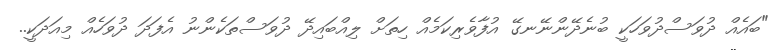
"ބައެއް ދުވަސްދުވަހަކީ ބުނެދޭންނޭނގޭ އުފާވެރިކަމެއް ހިތަށް ލިއްބައިދޭ ދުވަސްތަކެންނު އެފަދަ ދުވަހެއް މިއަދަކީ..